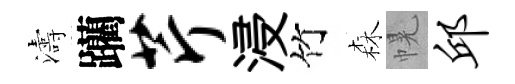
濤躪芹浸竹森幌邱